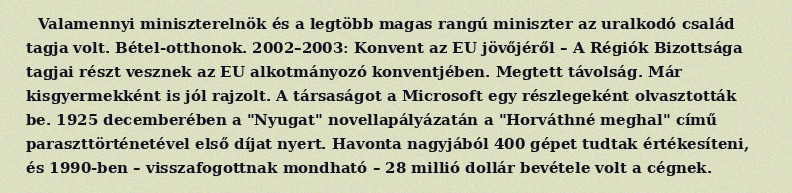
Valamennyi miniszterelnök és a legtöbb magas rangú miniszter az uralkodó család tagja volt. Bétel-otthonok. 2002–2003: Konvent az EU jövőjéről – A Régiók Bizottsága tagjai részt vesznek az EU alkotmányozó konventjében. Megtett távolság. Már kisgyermekként is jól rajzolt. A társaságot a Microsoft egy részlegeként olvasztották be. 1925 decemberében a "Nyugat" novellapályázatán a "Horváthné meghal" című paraszttörténetével első díjat nyert. Havonta nagyjából 400 gépet tudtak értékesíteni, és 1990-ben – visszafogottnak mondható – 28 millió dollár bevétele volt a cégnek.